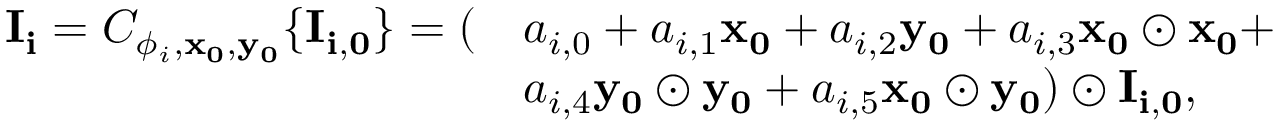
\begin{array} { r l } { \mathbf { I _ { i } } = C _ { \phi _ { i } , \mathbf { x _ { 0 } } , \mathbf { y _ { 0 } } } \{ \mathbf { I _ { i , 0 } } \} = ( } & { a _ { i , 0 } + a _ { i , 1 } \mathbf { x _ { 0 } } + a _ { i , 2 } \mathbf { y _ { 0 } } + a _ { i , 3 } \mathbf { x _ { 0 } \odot x _ { 0 } } + } \\ & { a _ { i , 4 } \mathbf { y _ { 0 } \odot y _ { 0 } } + a _ { i , 5 } \mathbf { x _ { 0 } \odot y _ { 0 } } ) \odot \mathbf { I _ { i , 0 } } , } \end{array}